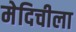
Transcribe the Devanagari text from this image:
मेदिचीला